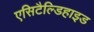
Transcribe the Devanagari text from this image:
एसिटैल्डिहाइड